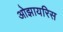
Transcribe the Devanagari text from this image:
ओझायरिस